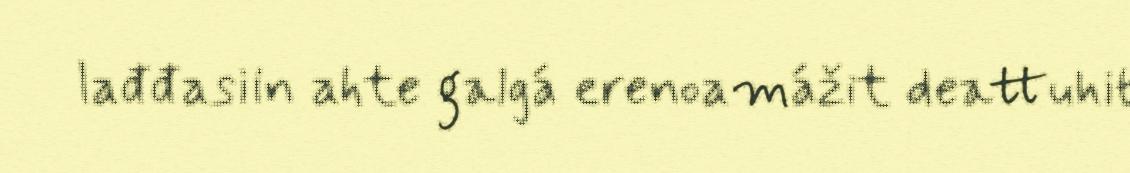
lađđasiin ahte galgá erenoamážit deattuhit